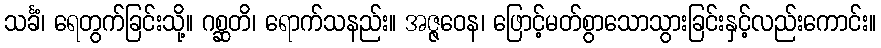
သင်္ခံ၊ ရေတွက်ခြင်းသို့။ ဂစ္ဆတိ၊ ရောက်သနည်း။ အဇ္ဇဝေန၊ ဖြောင့်မတ်စွာသောသွားခြင်းနှင့်လည်းကောင်း။